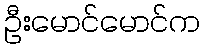
ဦးမောင်မောင်က